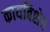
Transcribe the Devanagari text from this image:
कायबिशेव